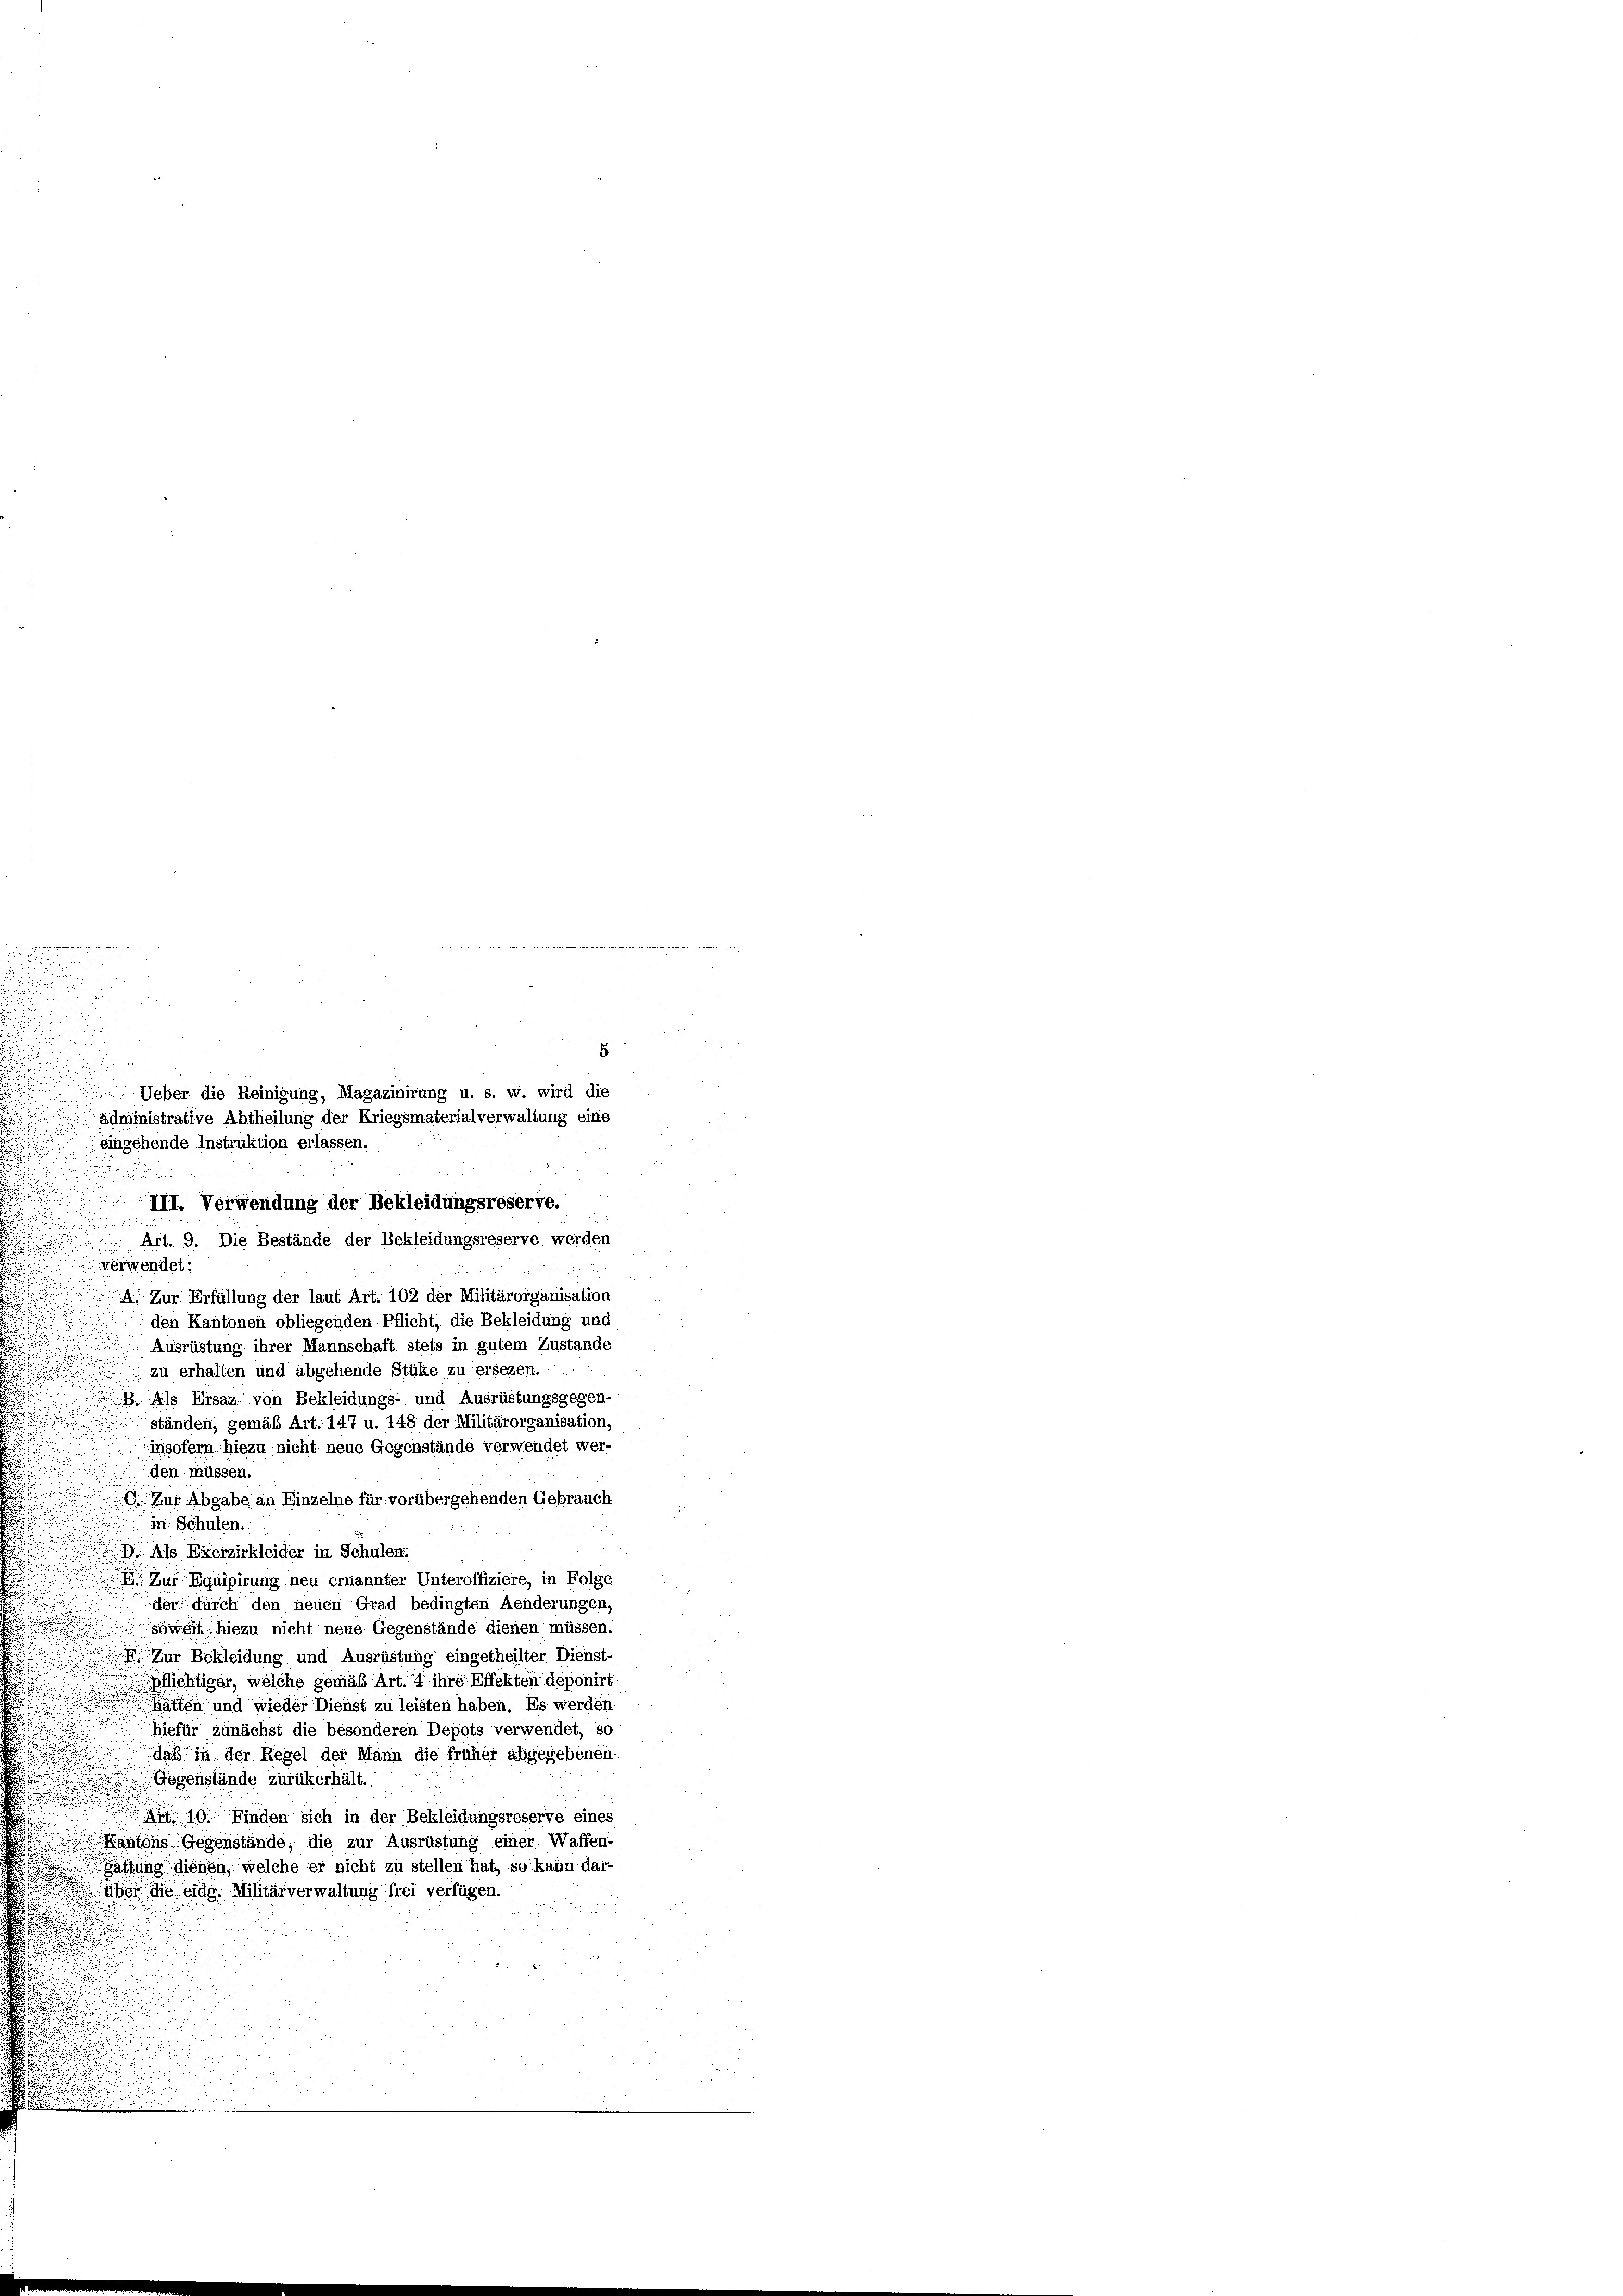
u
u

u
e
.

 Art. 9. Die Bestände der Bekleidungsreserve werden
 verwendet:
A. Zur Erfüllung der laut Art. 102 der Militärorganisation
den Kantonen obliegenden Pflicht, die Bekleidung und

Ausrüstung ihrer Mannschaft stets in gutem Zustande
zu erhalten und abgehende Stüke zu ersezen.
B. Als Ersaz von Bekleidungs- und Ausrüstungsgegen-
ständen, gemäß Art. 147 u. 148 der Militärorganisation,
insofern hiezu nicht neue Gegenstände verwendet wer-
den müssen.
 Zur Abgabe an Einzelne für vorübergehenden Gebrauch
in Schulen.
9). Als Exerzirkleider in Schulen.
 Zur Equipirung neu ernannter Unteroffiziere, in Folge
der durch den neuen Grad bedingten Aenderungen,
soweit hiezu nicht neue Gegenstände dienen müssen.
 Zur Bekleidung und Ausrüstung eingetheilter Dienst-
pflichtiger, welche gemäß Art. 7 ihre Effelten deponirt
atten und wieder Dienst zu leisten haben. Es werden
hiefür zunächst die besonderen Depots verwendet, so
daß in der Regel der Mann die früher abgegebenen
Gegenstände zurükerhält.
A 19. Finden sich in der Bekleidungsreserve eines
Kantons Gegenstände, die zur Ausrüstung einer Waffen-
Gattung dienen, welche er nicht zu stellen hat, so kann dar-
u
über die eidg. Militärverwaltung frei verfügen.
d

5
Ueber die Reinigung, Magazinirung u. s. w. wird die
 administrative Abtheilung der Kriegsmaterialverwaltung eine
eingehende Instruktion erlassen.

III. Verwendung der Bekleidungsreserve.